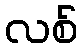
လစ်